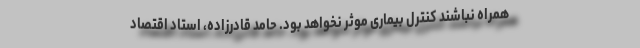
همراه نباشند کنترل بیماری موثر نخواهد بود. حامد قادرزاده، استاد اقتصاد